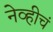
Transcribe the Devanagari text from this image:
नेव्हीचं